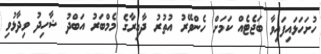
ހުށަހަޅައިފައިވާ ބަޖެޓެއް ކަމަށް ހެންވޭރު އުތުރު ދާއިރާގެ މެމްބަރު އަބްދު ޝާހިދު ވިދާޅުވި